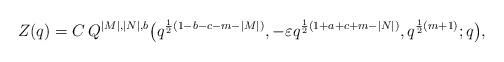
LaTeX: \begin{align*}Z(q)=C\,Q^{|M|,|N|,b}\big(q^{\frac 12(1-b-c-m-|M|)},-\varepsilon q^{\frac 12(1+a+c+m-|N|)},q^{\frac12(m+1)};q\big), \end{align*}